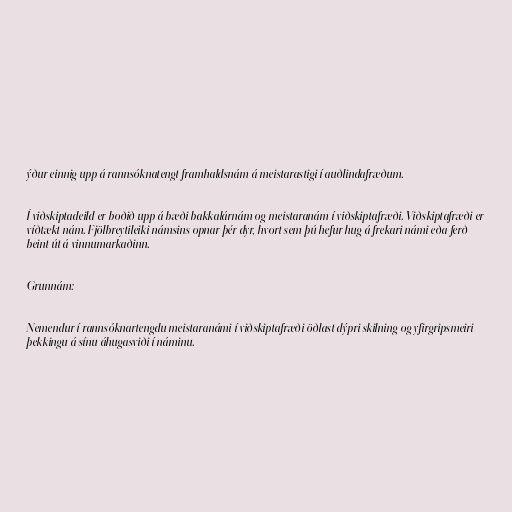
ýður einnig upp á rannsóknatengt framhaldsnám á meistarastigi í auðlindafræðum.

Í viðskiptadeild er boðið upp á bæði bakkalárnám og meistaranám í viðskiptafræði. Viðskiptafræði er
víðtækt nám. Fjölbreytileiki námsins opnar þér dyr, hvort sem þú hefur hug á frekari námi eða ferð
beint út á vinnumarkaðinn.

Grunnám:

Nemendur í rannsóknartengdu meistaranámi í viðskiptafræði öðlast dýpri skilning og yfirgripsmeiri
þekkingu á sínu áhugasviði í náminu.